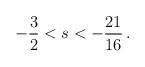
LaTeX: \begin{align*}- \frac{3}{2} < s < - \frac{21}{16} \,.\end{align*}